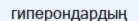
гиперондардың